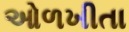
ઓળખીતા